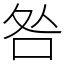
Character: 咎